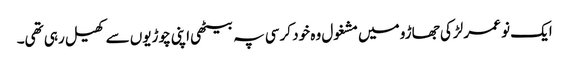
ایک نو عمر لڑکی جھاڑو میں مشغول وہ خود کرسی پہ بیٹھی اپنی چوڑیوں سے کھیل رہی تھی۔